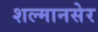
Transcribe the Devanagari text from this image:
शल्मानसेर